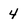
Character: 4